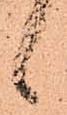
候